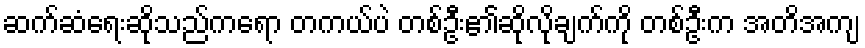
ဆက်ဆံရေးဆိုသည်ကရော တကယ်ပဲ တစ်ဦး၏ဆိုလိုချက်ကို တစ်ဦးက အတိအကျ